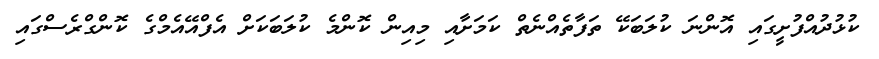
ކުޅުދުއްފުށީގައި އޮންނަ ކުލަބަކޭ ތަފާތެއްނެތް ކަމަށާއި މިއިން ކޮންމެ ކުލަބަކަށް އެފްއޭއެމްގެ ކޮންގްރެސްގައި